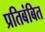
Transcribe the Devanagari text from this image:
प्रतिबंबित